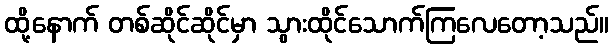
ထို့နောက် တစ်ဆိုင်ဆိုင်မှာ သွားထိုင်သောက်ကြလေတော့သည်။